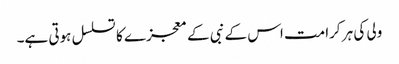
ولی کی ہر کرامت اس کے نبی کے معجزے کا تسلسل ہوتی ہے۔